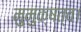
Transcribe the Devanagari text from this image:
मुमुक्षत्व।